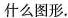
什么图形.